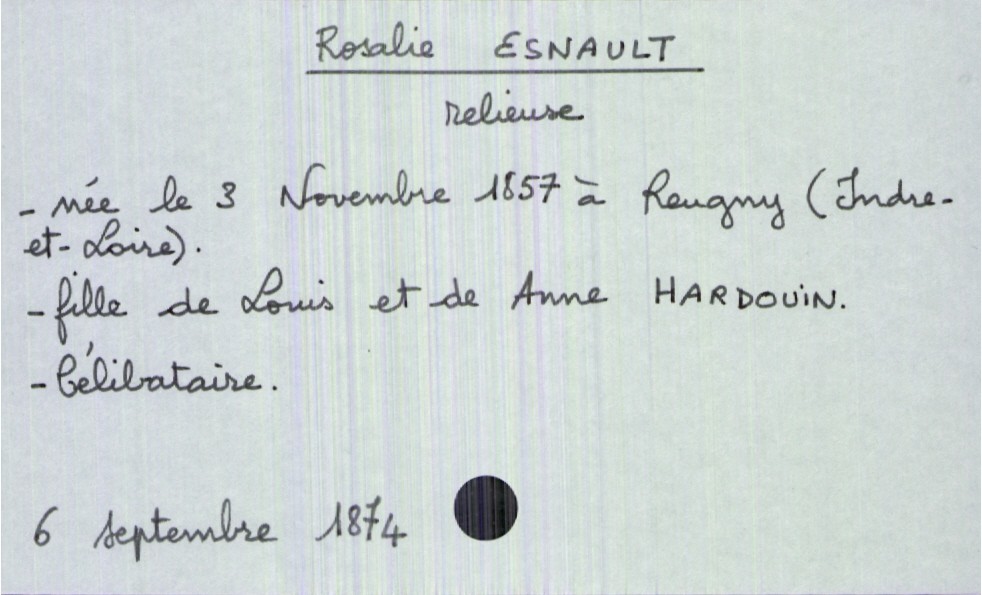
type_acte: Décès
année: 1874
mois: septembre
jour: 6
défunt_nom: Esnault
défunt_prénom: Rosalie
défunt_sexe: F
défunt_profession: relieuse
défunt_date_de_naissance: 3 novembre 1857
défunt_lieu_de_naissance: Reugny (Indre-et-Loire)
défunt_statut: célibataire
père_défunt_nom: Esnault
père_défunt_prénom: Louis
mère_défunt_nom: Hardouin
mère_défunt_prénom: Anne